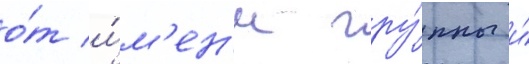
о́т и́м'ен'и гру́ппы и́